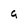
Character: g